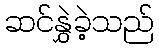
ဆင်နွှဲခဲ့သည်